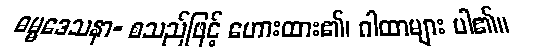
ဓမ္မဒေသနာ- စသည်ဖြင့် ဟေားထား၏၊ ဂါထာများ ပါ၏။